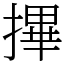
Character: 𢳂